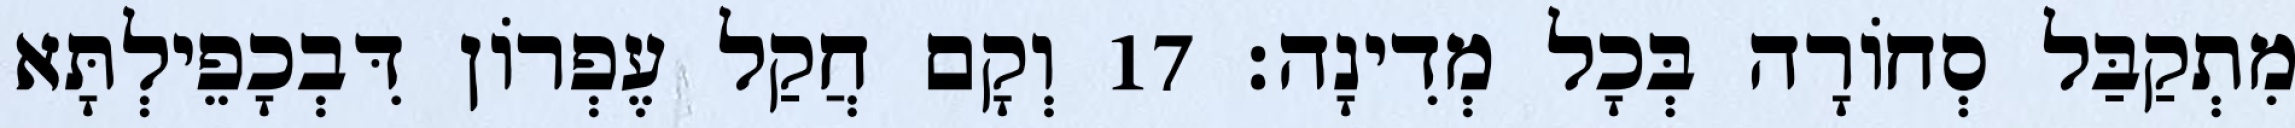
מִתְקַבַּל סְחוֹרָה בְּכָל מְדִינָה׃ 17 וְקָם חֲקַל עֶפְרוֹן דִּבְכָפֵילְתָּא